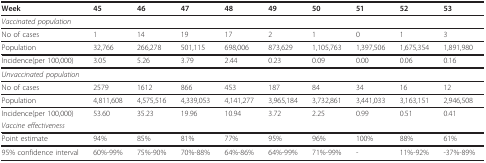
<table><thead><tr><td><b>Week</b></td><td><b>45</b></td><td><b>46</b></td><td><b>47</b></td><td><b>48</b></td><td><b>49</b></td><td><b>50</b></td><td><b>51</b></td><td><b>52</b></td><td><b>53</b></td></tr></thead><tbody><tr><td colspan="10"><i>Vaccinated population</i></td></tr><tr><td>No of cases</td><td>1</td><td>14</td><td>19</td><td>17</td><td>2</td><td>1</td><td>0</td><td>1</td><td>3</td></tr><tr><td>Population</td><td>32,766</td><td>266,278</td><td>501,115</td><td>698,006</td><td>873,629</td><td>1,105,763</td><td>1,397,506</td><td>1,675,354</td><td>1,891,980</td></tr><tr><td>Incidence(per 100,000)</td><td>3.05</td><td>5.26</td><td>3.79</td><td>2.44</td><td>0.23</td><td>0.09</td><td>0.00</td><td>0.06</td><td>0.16</td></tr><tr><td colspan="10"><i>Unvaccinated population</i></td></tr><tr><td>No of cases</td><td>2579</td><td>1612</td><td>866</td><td>453</td><td>187</td><td>84</td><td>34</td><td>16</td><td>12</td></tr><tr><td>Population</td><td>4,811,608</td><td>4,575,516</td><td>4,339,053</td><td>4,141,277</td><td>3,965,184</td><td>3,732,861</td><td>3,441,033</td><td>3,163,151</td><td>2,946,508</td></tr><tr><td>Incidence(per 100,000)</td><td>53.60</td><td>35.23</td><td>19.96</td><td>10.94</td><td>3.72</td><td>2.25</td><td>0.99</td><td>0.51</td><td>0.41</td></tr><tr><td colspan="10"><i>Vaccine effectiveness</i></td></tr><tr><td>Point estimate</td><td>94%</td><td>85%</td><td>81%</td><td>77%</td><td>95%</td><td>96%</td><td>100%</td><td>88%</td><td>61%</td></tr><tr><td>95% confidence interval</td><td>60%-99%</td><td>75%-90%</td><td>70%-88%</td><td>64%-86%</td><td>64%-99%</td><td>71%-99%</td><td>-</td><td>11%-92%</td><td>-37%-89%</td></tr></tbody></table>